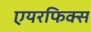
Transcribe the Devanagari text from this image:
एयरफिक्स